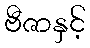
ဗီဇာနှင့်